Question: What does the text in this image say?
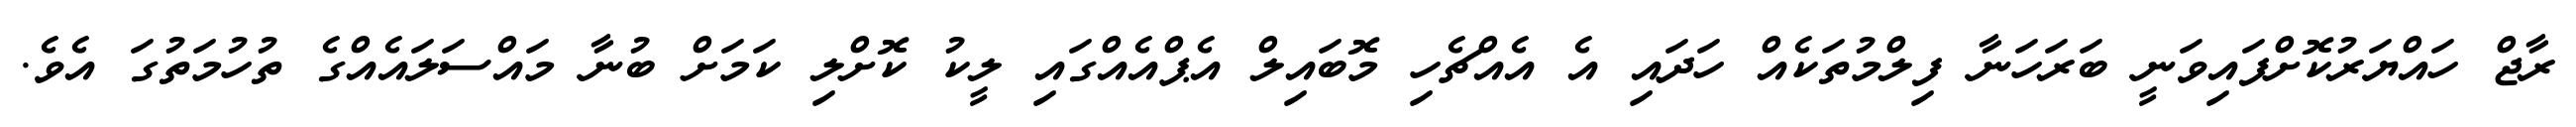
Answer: ރާޖް ހައްޔަރުކޮށްފައިވަނީ ބަރަހަނާ ފިލްމުތަކެއް ހަދައި އެ އެއްޗެހި މޮބައިލް އެޕްއެއްގައި ލީކު ކޮށްލި ކަމަށް ބުނާ މައްސަލައެއްގެ ތުހުމަތުގަ އެވެ.